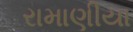
રામાણીયા